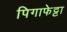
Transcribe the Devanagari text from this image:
पिगाफेट्टा